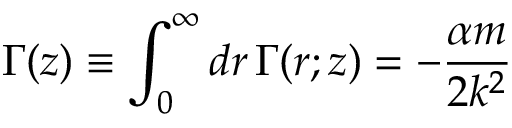
\Gamma ( z ) \equiv \int _ { 0 } ^ { \infty } d r \, \Gamma ( r ; z ) = - \frac { \alpha m } { 2 k ^ { 2 } }